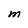
Character: M